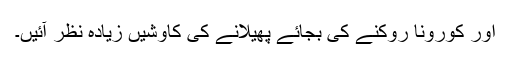
اور کورونا روکنے کی بجائے پھیلانے کی کاوشیں زیادہ نظر آئیں۔